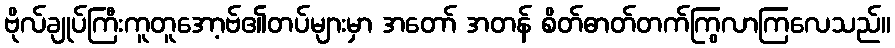
ဗိုလ်ချုပ်ကြီးကူတူအော့ဗ်၏တပ်များမှာ အတော် အတန် စိတ်ဓာတ်တက်ကြွလာကြလေသည်။